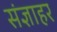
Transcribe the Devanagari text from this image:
संज्ञाहर